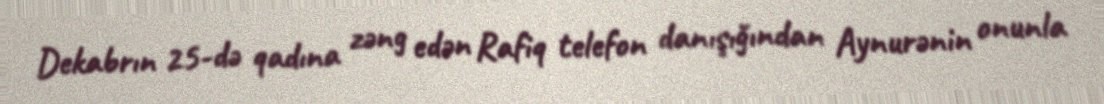
Dekabrın 25-də qadına zəng edən Rafiq telefon danışığından Aynurənin onunla